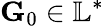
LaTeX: \mathbf{G}_{0}\in\mathbb{L}^{*}